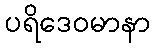
ပရိဒေဝမာနာ